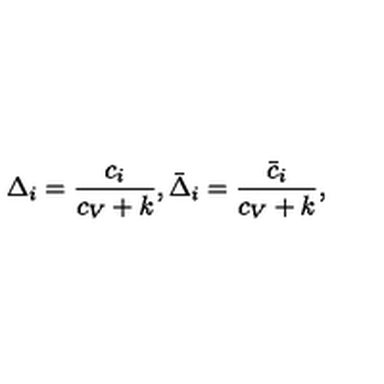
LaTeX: \Delta _ { i } = { \frac { c _ { i } } { c _ { V } + k } } , \bar { \Delta } _ { i } = { \frac { \bar { c } _ { i } } { c _ { V } + k } } ,